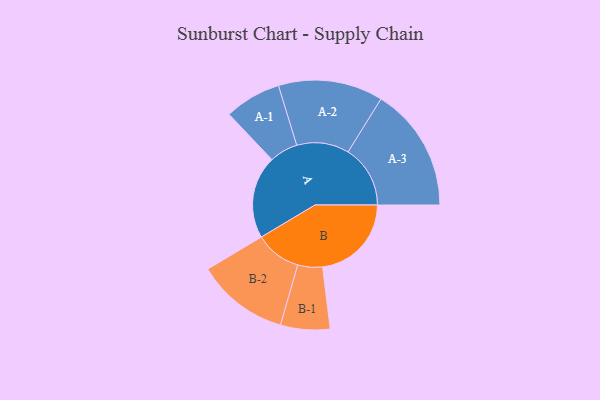
{"axis": {"x": "Segment", "y": "Value"}, "legend": ["", "A", "B"], "data": [{"x": "A", "y": 386, "type": ""}, {"x": "B", "y": 414, "type": ""}, {"x": "A-1", "y": 132, "type": "A"}, {"x": "A-2", "y": 244, "type": "A"}, {"x": "A-3", "y": 290, "type": "A"}, {"x": "B-1", "y": 115, "type": "B"}, {"x": "B-2", "y": 215, "type": "B"}]}